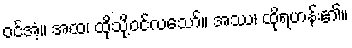
ဝင်အံ့။ အထ၊ ထိုသို့ဝင်လသော်။ အဿ၊ ထိုရဟန်း၏။